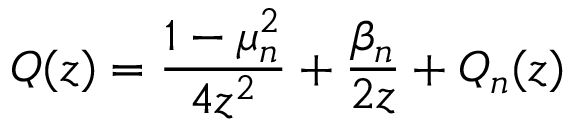
Q ( z ) = \frac { 1 - \mu _ { n } ^ { 2 } } { 4 z ^ { 2 } } + \frac { \beta _ { n } } { 2 z } + Q _ { n } ( z )